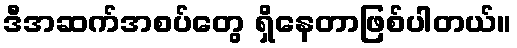
ဒီအဆက်အစပ်တွေ ရှိနေတာဖြစ်ပါတယ်။